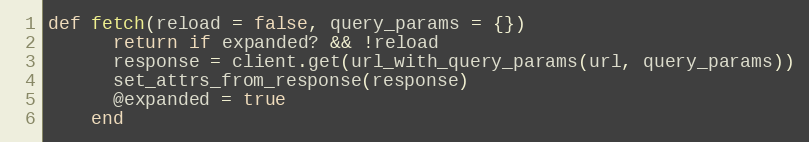
Language: Ruby
def fetch(reload = false, query_params = {})
      return if expanded? && !reload
      response = client.get(url_with_query_params(url, query_params))
      set_attrs_from_response(response)
      @expanded = true
    end